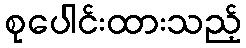
စုပေါင်းထားသည့်